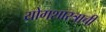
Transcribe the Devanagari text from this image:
योगशास्त्राची